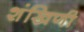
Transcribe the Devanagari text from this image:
शंखिणी